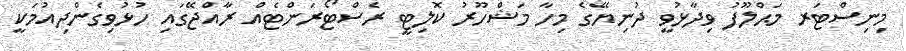
މިނިސްޓަރ މަޙްލޫފު ވިދާޅުވީ ދުނިޔޭގެ މިހާ މަޝްހޫރު ކޮލިޓީ ރެސްޓޯރަންޓެއް ރާއްޖޭގައި ހުޅުވިގެންދިއުމަކީ